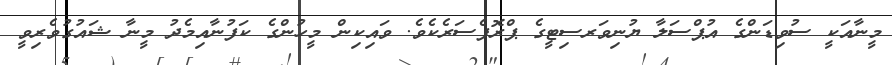
މީނާއަކީ ސުވިޑަންގެ އުޕްސަލާ ޔުނިވަރސިޓީގެ ޕްރޮފެސަރެކެވެ. ވައިކިން މީހުންގެ ކަފުނާއިމެދު މީނާ ޝައުގުވެރިވީ